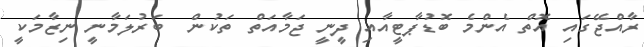
ރާއްޖޭގައި އޮތް އެންމެ ބޮޑުޕާޓީއާއި ދީނީ ޖަމާއަތް ތަކުން  ބަރުލަމާނީ ނިޒާމަކީ